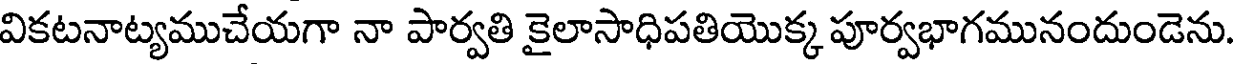
వికటనాట్యముచేయగా నా పార్వతి కైలాసాధిపతియొక్క పూర్వభాగమునందుండెను